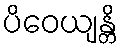
ပိဝေယျန္တိ